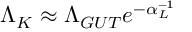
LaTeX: \Lambda _ { K } \approx \Lambda _ { G U T } e ^ { - \alpha _ { L } ^ { - 1 } }